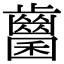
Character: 𪘭